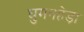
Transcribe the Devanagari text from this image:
घुमनहेड़ा